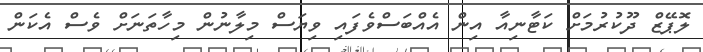
ލޮޕޭޒް ދޫކުރުމަށް ކަޓާނިއާ އިން އެއްބަސްވެފައި ވިޔަސް މިލާނުން މިހާތަނަށް ވެސް އެކަން